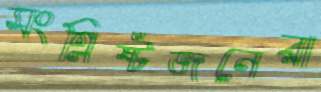
সংশ্লিষ্টজনেরা